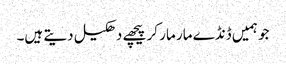
جو ہمیں ڈنڈے مار مار کر پیچھے دھکیل دیتے ہیں۔